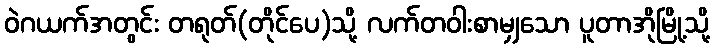
ဝဲဂယက်အတွင်း တရုတ်(တိုင်ပေ)သို့ လက်တဝါးစာမျှသော ပူတာအိုမြို့သို့